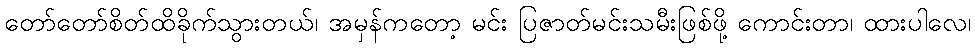
တော်တော်စိတ်ထိခိုက်သွားတယ်၊ အမှန်ကတော့ မင်း ပြဇာတ်မင်းသမီးဖြစ်ဖို့ ကောင်းတာ၊ ထားပါလေ၊